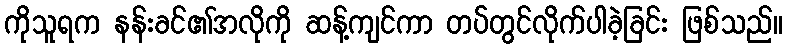
ကိုသူရက နန်းခင်၏အလိုကို ဆန့်ကျင်ကာ တပ်တွင်လိုက်ပါခဲ့ခြင်း ဖြစ်သည်။